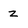
Character: z